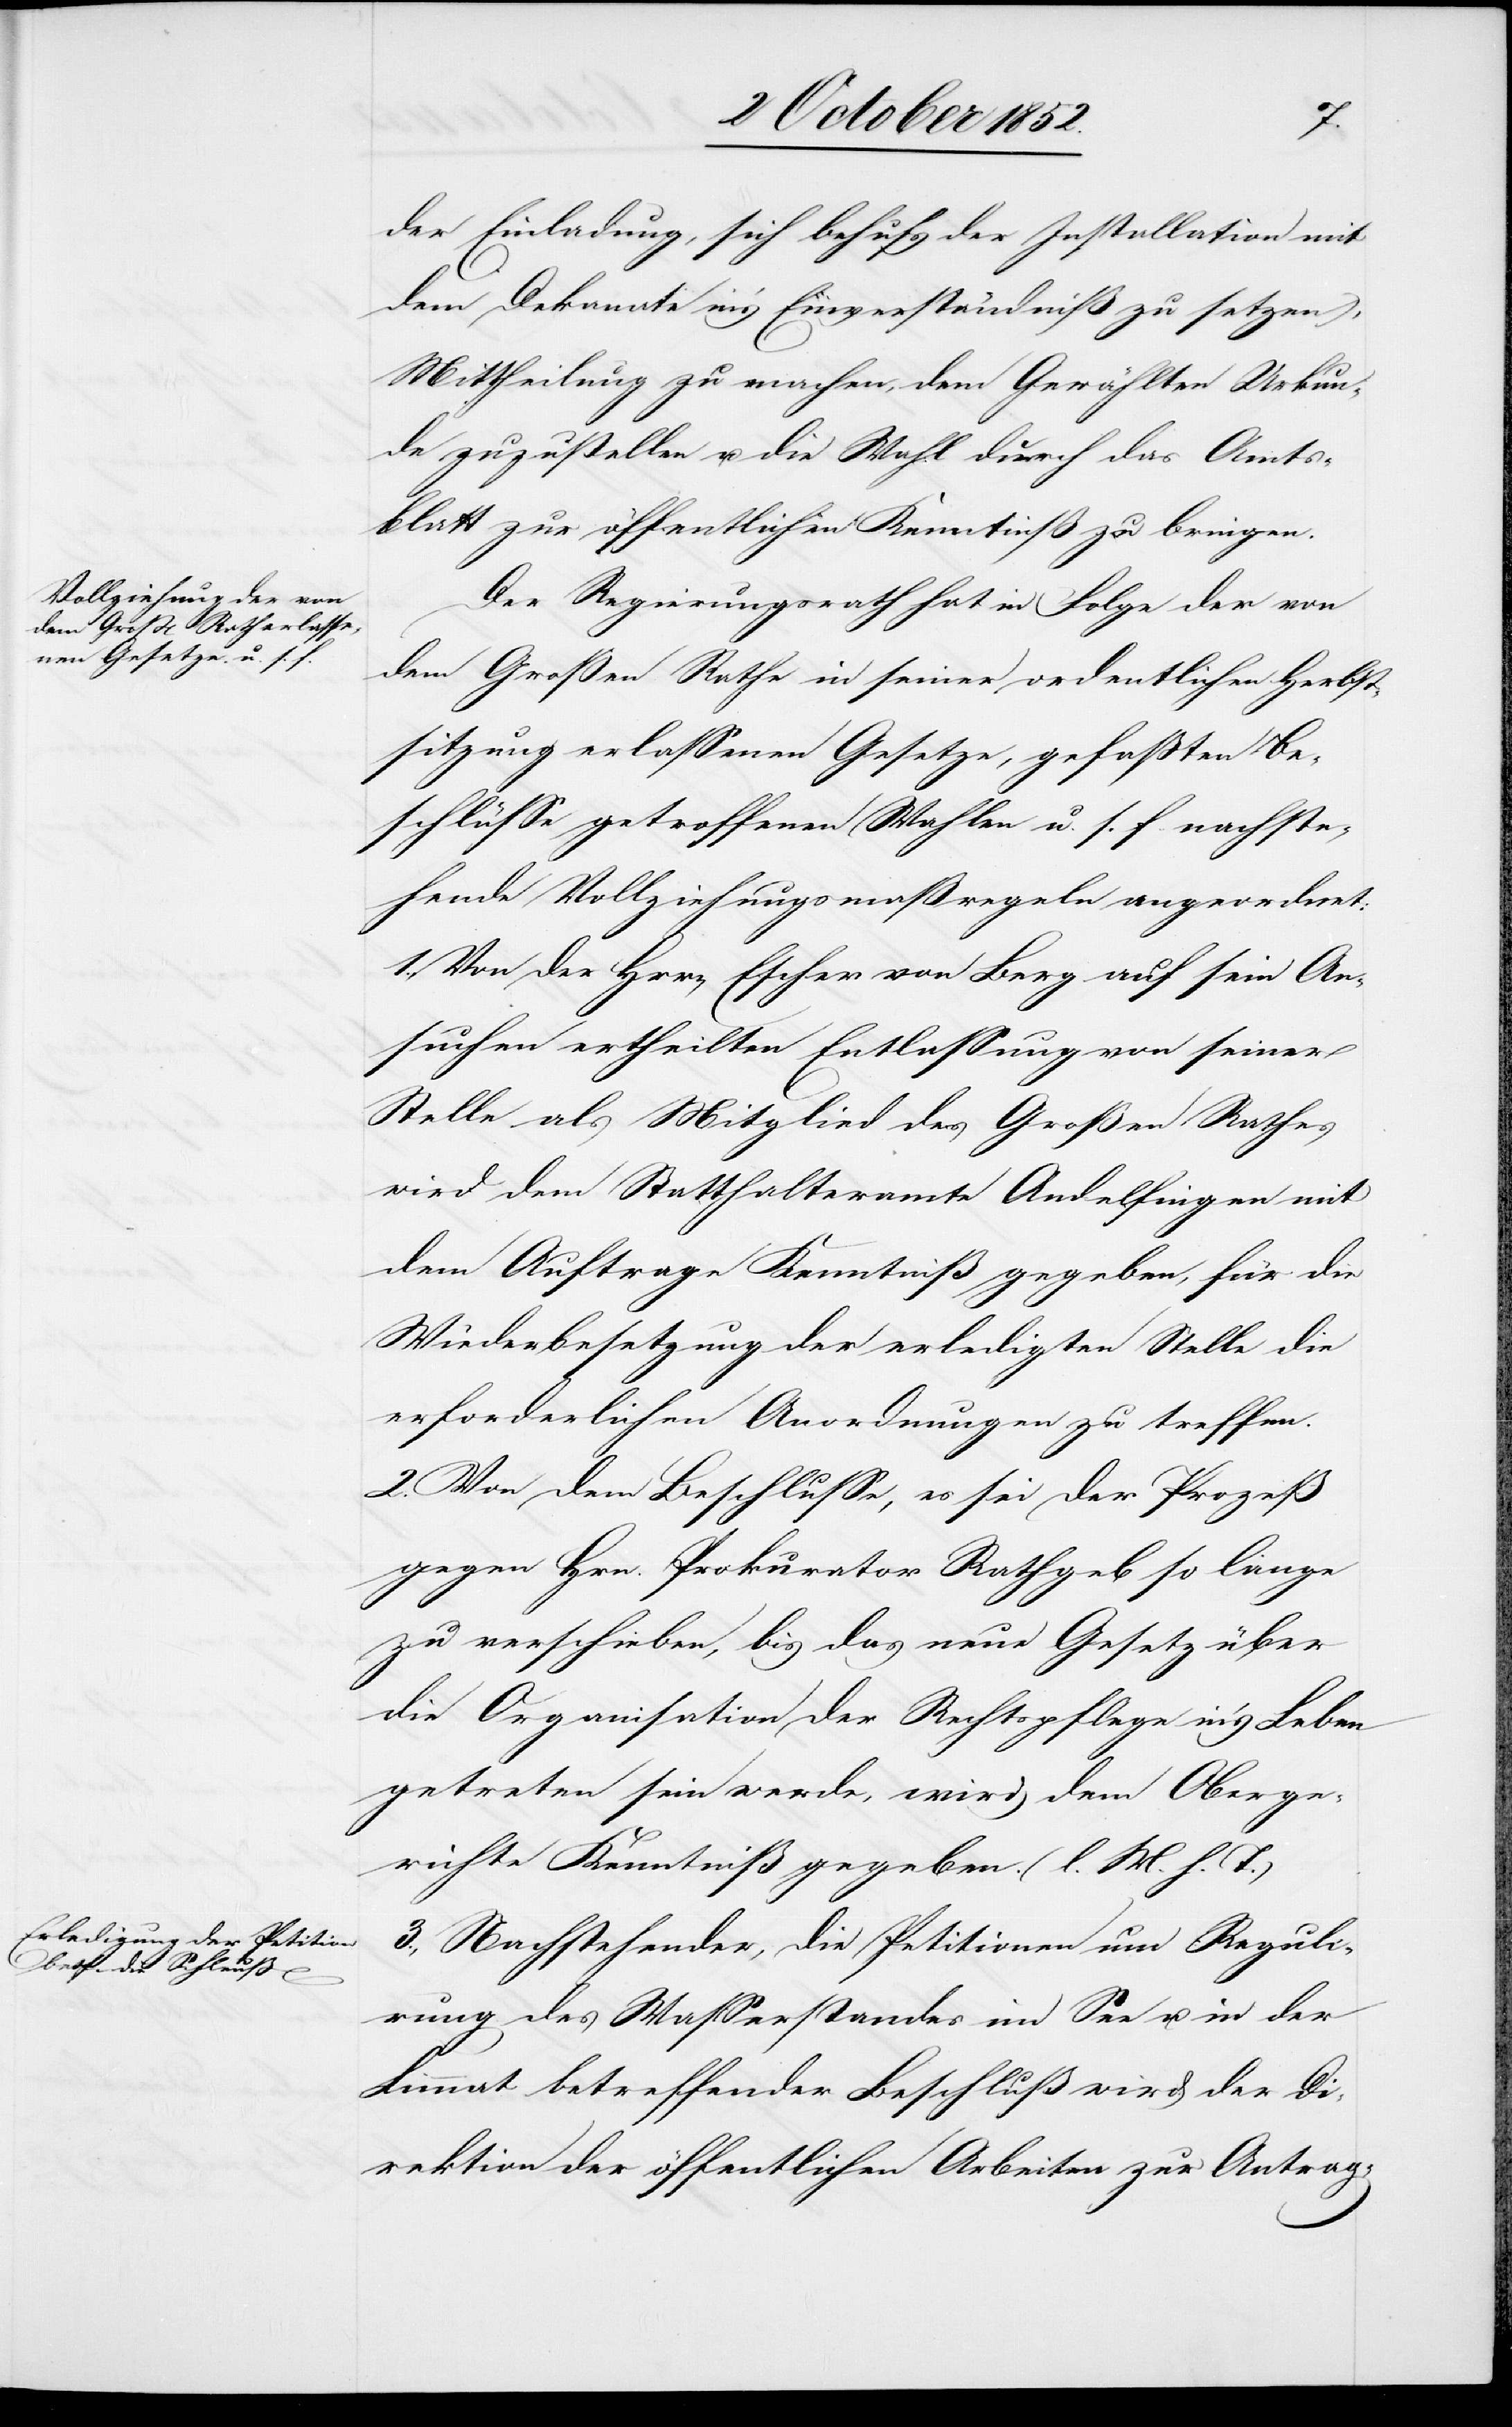
der Einladung, sich behufs der Installation mit
dem Dekanate in’s Einverständniß zu setzen),
Mittheilung zu machen, dem Gewählten Urkun¬
de zuzustellen u. die Wahl durch das Amts¬
blatt zur öffentlichen Kenntniß zu bringen.
Der Regierungsrath hat in Folge der von
dem Großen Rathe in seiner ordentlichen Herbst¬
sitzung erlassenen Gesetze, gefaßten Be¬
schlüsse[,] getroffenen Wahlen u. s. f. nachste¬
hende Vollziehungsmaßregeln angeordnet:
1., Von der H[e]rrn Escher von Berg auf sein An¬
suchen ertheilten Entlassung von seiner
Stelle als Mitglied des Großen Rathes
wird dem Statthalteramte Andelfingen mit
dem Auftrage Kenntniß gegeben, für die
Wiederbesetzung der erledigten Stelle die
erforderlichen Anordnungen zu treffen.
2. Von dem Beschlusse, es sei der Prozeß
gegen Hrn. Prokurator Rathgeb so lange
zu verschieben, bis das neue Gesetz über
die Organisation der Rechtspflege in’s Leben
getreten sein werde, wird dem Oberge¬
richte Kenntniß gegeben. (l. M. h. T.)
3., Nachstehender, die Petitionen um Reguli¬
rung des Wasserstandes im See u. in der
Limmat betreffender Beschluß wird der Di¬
rektion der öffentlichen Arbeiten zur Antrag-